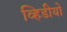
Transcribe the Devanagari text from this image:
व्हिडीयो